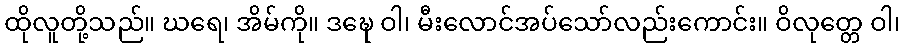
ထိုလူတို့သည်။ ဃရေ၊ အိမ်ကို။ ဒဍ္ဎေ ဝါ၊ မီးလောင်အပ်သော်လည်းကောင်း။ ဝိလုတ္တေ ဝါ၊